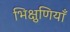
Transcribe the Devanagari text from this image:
भिक्षुणियाँ